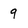
Character: 9